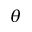
\theta